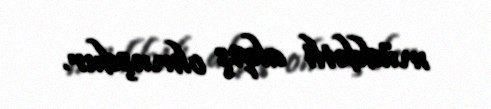
müddətli alqış olmuşdur.